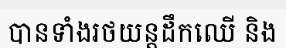
បានទាំងរថយន្តដឹកឈើ និង